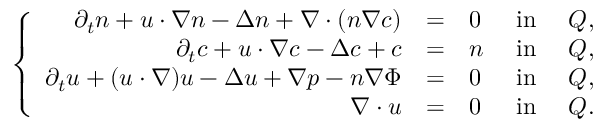
\left\{ \begin{array} { r c l c c } { \displaystyle \partial _ { t } n + { \boldsymbol u } \cdot \nabla n - \Delta n + \nabla \cdot ( n \nabla c ) } & { = } & { 0 } & { \mathrm { ~ i n ~ } } & { Q , } \\ { \displaystyle \partial _ { t } c + { \boldsymbol u } \cdot \nabla c - \Delta c + c } & { = } & { n } & { \mathrm { ~ i n ~ } } & { Q , } \\ { \partial _ { t } { \boldsymbol u } + ( { \boldsymbol u } \cdot \nabla ) { \boldsymbol u } - \Delta { \boldsymbol u } + \nabla p - n \nabla \Phi } & { = } & { \boldsymbol { 0 } } & { \mathrm { ~ i n ~ } } & { Q , } \\ { \nabla \cdot { \boldsymbol u } } & { = } & { 0 } & { \mathrm { ~ i n ~ } } & { Q . } \end{array} \right.